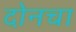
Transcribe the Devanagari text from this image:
दोनचा